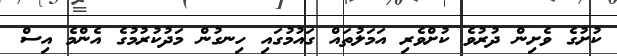
ކުށުގެ ވެށިން ދުރުވެ ކުށްވެރި އަމަލުތައް ގައުމުގައި ހިނގުން މަދުކުރުމުގެ އެންމެ އިސް